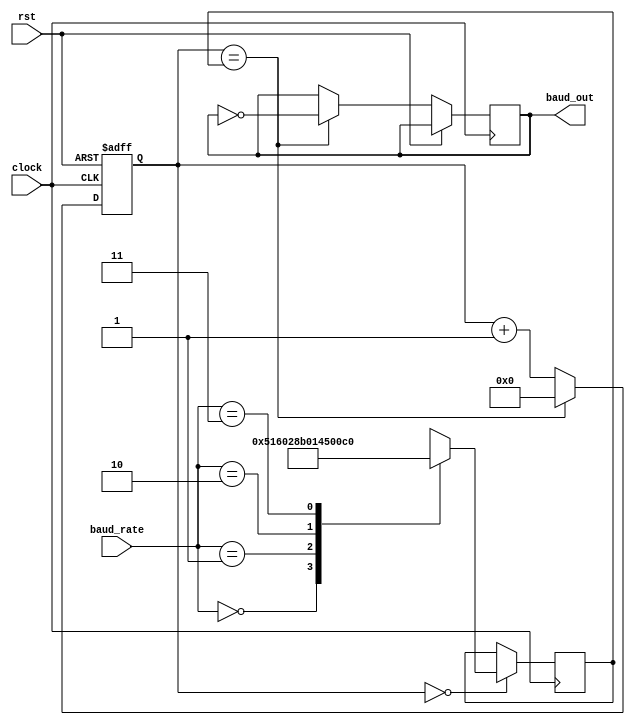
module baud_gen(
input rst, clock,
input [1:0] baud_rate,
output reg baud_out=0
);
/*
input rst,clock;
input [1:0] baud_rate;
output reg baud_out=0;
*/
reg [15:0] BaudRate=16'b1;
reg [15:0] counter=16'b0;

always @(posedge clock )
begin
if (counter == 0)
begin
	case(baud_rate)
	2'b00: //2400 baud
		begin
		BaudRate <= 16'd1302;
		end
	2'b01: //4800 baud
		begin
		BaudRate <= 16'd651;
		end
	2'b10: //9600 baud
		begin
		BaudRate <= 16'd325;
		end
	2'b11: //19.2K baud
		begin
		BaudRate <= 16'd162;
		end
	endcase
end

end


always @(posedge clock or posedge rst)
begin 

	if (rst) counter <= 16'b0;
	else if (counter==BaudRate)
		begin 
			counter = 0;
			baud_out =~ baud_out;
		end 
	else counter <= counter +1;
end 

endmodule